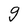
Character: g